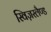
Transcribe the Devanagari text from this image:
स्विज़रलैण्ड